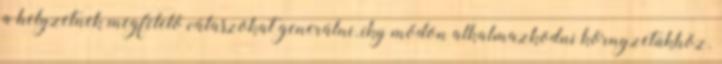
a helyzetnek megfelelő válaszokat generálni, íky módon alkalmazkodni környzetükhöz.